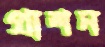
প্রাশন